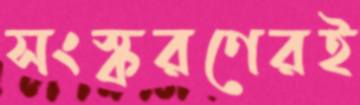
সংস্করণেরই